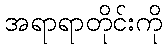
အရာရာတိုင်းကို